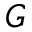
G